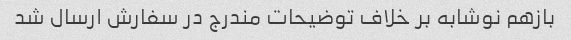
بازهم نوشابه بر خلاف توضیحات مندرج در سفارش ارسال شد